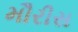
મૌરીસ